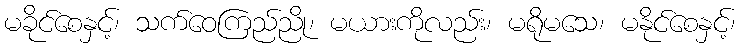
မခိုင်စေနှင့်၊ သက်ဝေကြည်ညို၊ မယားကိုလည်း၊ မရိုမသေ၊ မနိုင်စေနှင့်၊